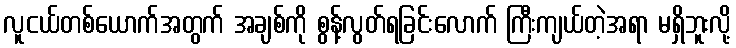
လူငယ်တစ်ယောက်အတွက် အချစ်ကို စွန့်လွတ်ရခြင်းလောက် ကြီးကျယ်တဲ့အရာ မရှိဘူးလို့